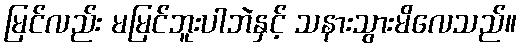
မြင်လည်း မမြင်ဘူးပါဘဲနှင့် သနားသွားမိလေသည်။